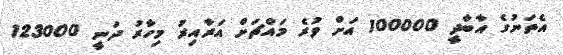
އެތަނުގެ އާބާދީ 100000 އަށް ވުރެ މައްޗަށް އަރާއިރު މިހާރު ދަނީ 123000